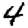
Digit: 4